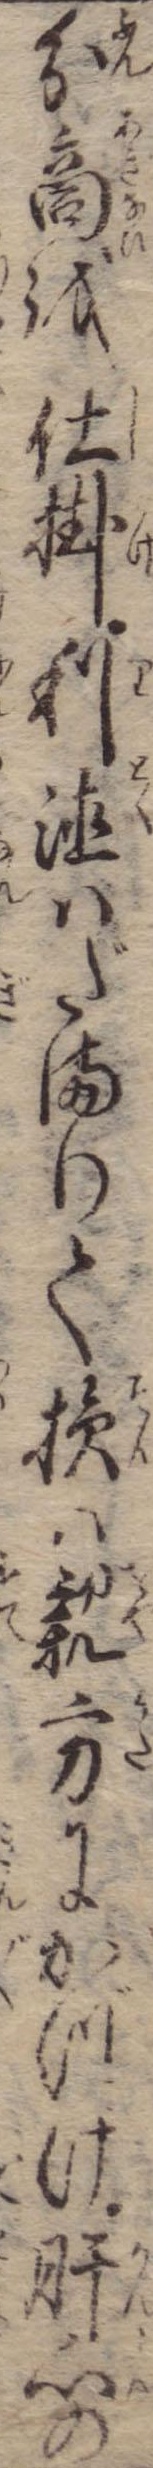
分商を仕掛利徳はだまりて損は親方にかづけ肝心の